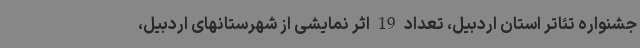
جشنواره تئاتر استان اردبیل، تعداد 19 اثر نمایشی از شهرستانهای اردبیل،